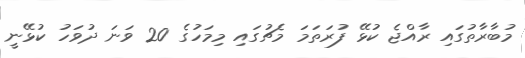
މުބާރާތުގައި ރާއްޖެ ކުޅޭ ފުރަތަމަ މެޗުގައި މިމަހުގެ 20 ވަނަ ދުވަހު ކުޅޭނީ